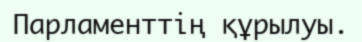
Парламенттің құрылуы.